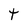
Character: t